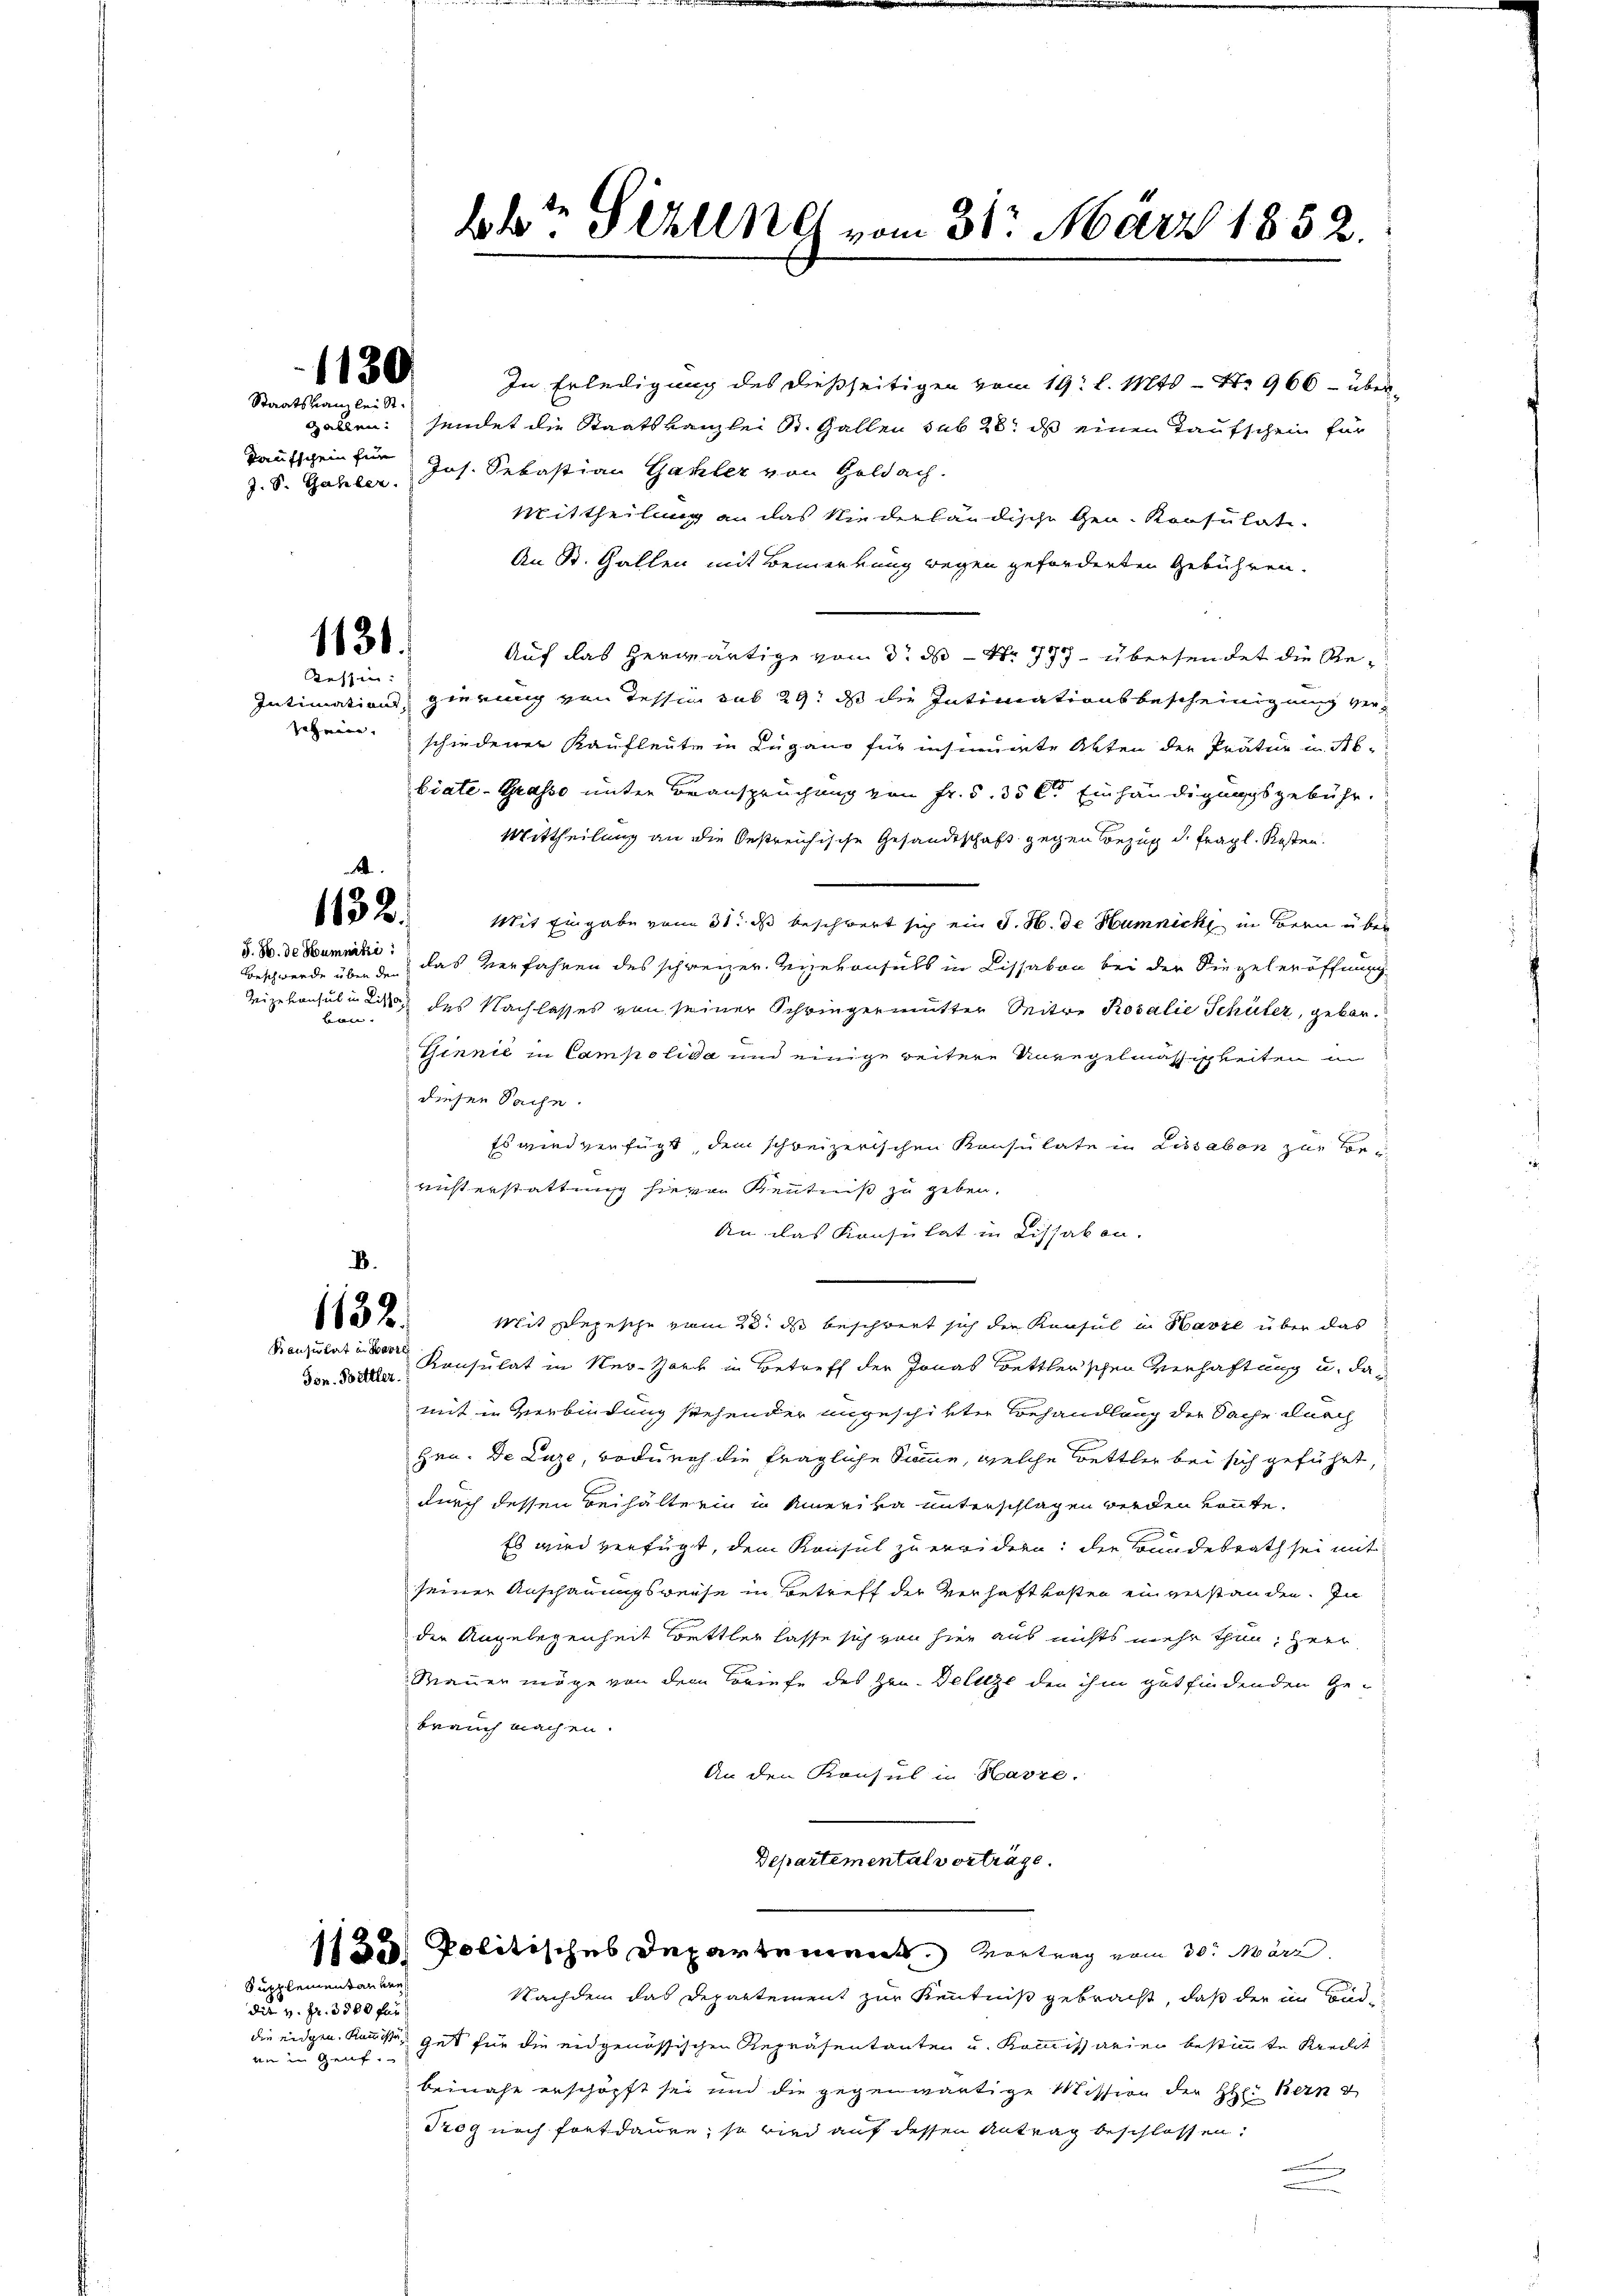
1130

Staatskanzlei St.
J. S. Galler.

1131.

Tessin:

A
1132.
§. 8. de Hummiti
Beschwerde über den
ban.

1132.
Ton. Bettler.

Sutkleinentan ver

die v. Fr. 3500 für
an im Genf.

bbr Sekung vom 31. März 1852.

In Erledigung des dießseitigen vom 19. l. Mts. - No 966 - über-
gallen: sendet die Staatskanzlei St. Gallen sub 28. ds einen Taufschein für
Taufschein für Jos. Sebastian Galler von Geldach.
Mittheilung an das Niederländische Gen. Konsulati¬
An St. Gallen mit Bemerkung wegen geforderten Gebühren.
Auf das herwärtige von 3. ds Nr. 777 übersendet die Re¬
Intimation, gierung von Tessin sub 29. ds die Intimationsbescheinigung verehein schiederer Kaufleute in Lugano für insinuirte Akten der Prätur in Ab-
biate - Grasso unter Beanspruchung von Fr. 5. 35 lt. Einhändigungsgebühr.
Mittheilung an die bestreichische Gesandtschaft gegen Bezug d. fragl. Kosten.
Mit Eingabe vom 31. ds beschwert sich ein J. H. de Humnick in Bern über
das Verfahren des schweizer. Viehausuls in Kissabon bei der Siegeleröffnung
Vizekonsul in die des Nachlasses von seiner Schringermutter Seitere Rosalie Schüler, gebor¬
Ginnić in Campolida und einige weitere Unregelmässigkeiten in
diesen Sache.
Es wird verfügt, dem schweizerischen Konsulate in Lissaben zu beristerstattung hievon Kenntniß zu geben.
An das Konsulat in Lissakon.
B.
Mit Depesche vom 20. ds beschwert sich die Konsul in Havre über das
Konsulat in der Konsulat in Ner-Hark in Betreff der Jonas Bettler’schen Verhaftung u. damit in Verbindung stehender angeschikter Behandlung der Sache durch
hen. De Luze, wodurch die fragliche Somme, welche Bettler bei sich geführt,
durch dessen Beihalterin in Amerika unterschlagen werden könnte.
Es wird verfügt, dem Konsul zu erwidern: die Bundesrath sei mit
seiner Anschauungsweise in Betreff der Verhaftkosten ein verstanden. In
der Angelegenheit Bettler lasse sich von hier aus nichts mehr thun, Herr
Mauer möge von dem Briefe des Hrn. Delitze den ihm gutfindenden Ge-
brauch machen.
An den Konsul in Hasse.
Departemental vorträge.

1135 Politisches Departement. Vortrag vom 30. März.
Nachdem das Departement zur Kenntniß gebracht, daß der im Bed
die eidgen. Kunste, gut für die eidgenössischen Repräsentanten u. Kommissarien bestimmte Kreilt
beinahe erschöpft sei und die gegenwärtige Mission der Hr. Bern
Trog noch fortdaure; so wird auf dessen Antrag beschlossen:
u